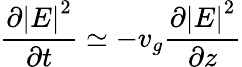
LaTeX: \frac{\partial\left\vert E\right\vert^{2}}{\partial t}\simeq-v_{g}\frac{\partial\left\vert E\right\vert^{2}}{\partial z}